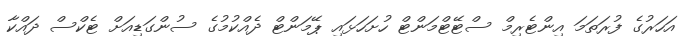
އަހަރުގެ ފުރަތަމަ އިންޓެރިމް ސްޓޭޓްމަންޓް ހުށަހަޅައި ޕޭމަންޓް ދެއްކުމުގެ ސުންގަޑިއަށް ޓެކްސް ދައްކާ